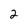
Character: 2